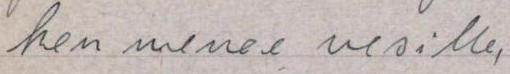
ken menee vesille,